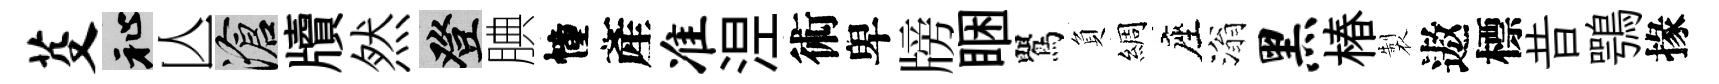
芟祉亾滄牘然登腆幢產准𣵀術卑牓睏鸎負綢座滃黑椿製遨標昔鶚掾